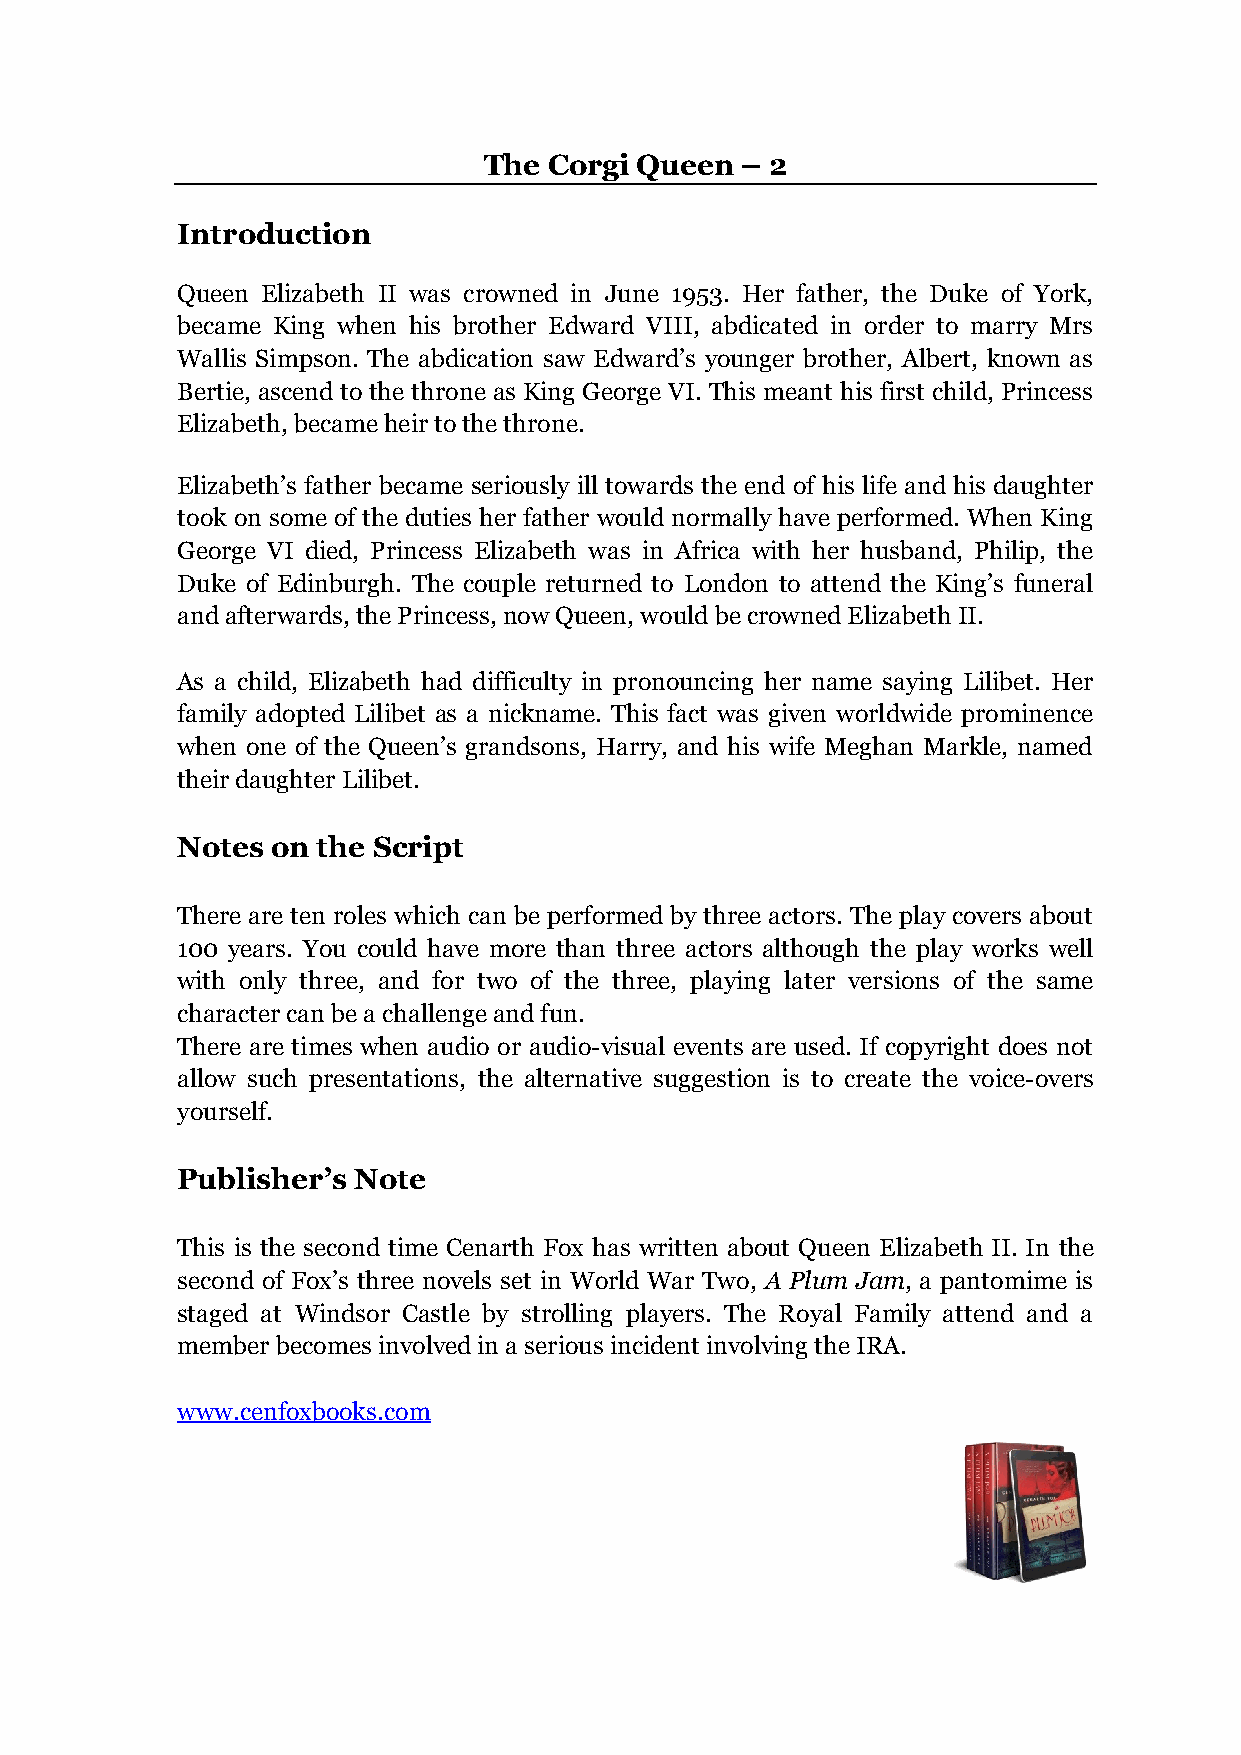
The Corgi Queen  – 2
 Introduction
 Queen Elizabeth II was crowned in June 1953. Her father, the Duke of York,
 became King when his brother Edward VIII, abdicated in order to marry Mrs
 Wallis Simpson. The abdication saw Edward’s younger brother, Albert, known as
 Bertie, ascend to the throne as King George VI. This meant his first child, Princess
 Elizabeth, became heir to the throne.
 Elizabeth’s father became seriously ill towards the end of his life and his daughter
 took on some of the duties her father would normally have performed. When King
 George VI died, Princess Elizabeth was in Africa with her husband, Philip, the
 Duke of Edinburgh. The couple returned to London to attend the King’s funeral
 and afterwards, the Princess, now Queen, would be crowned Elizabeth II.
 As a child, Elizabeth had difficulty in pronouncing her name saying Lilibet. Her
 family adopted Lilibet as a nickname. This fact was given worldwide prominence
 when one of the Queen’s grandsons, Harry, and his wife Meghan Markle, named
 their daughter Lilibet.
 Notes on the Script
 There are ten roles which can be performed by three actors. The play covers about
 100 years. You could have more than three actors although the play works well
 with only three, and for two of the three, playing later versions of the same
 character can be a challenge and fun.
 There are times when audio or audio-visual events are used. If copyright does not
 allow such presentations, the alternative suggestion is to create the voice-overs
 yourself.
 Publisher’s Note
 This is the second time Cenarth Fox has written about Queen Elizabeth II. In the
 second of Fox’s three novels set in World War Two, A Plum Jam, a pantomime is
 staged at Windsor Castle by strolling players. The Royal Family attend and a
 member becomes involved in a serious incident involving the IRA.
 www.cenfoxbooks.com